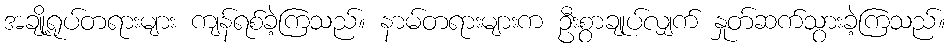
အချို့ရုပ်တရားများ ကျန်ရစ်ခဲ့ကြသည်။ နာမ်တရားများက ဦးစွာချုပ်လျှက် နှုတ်ဆက်သွားခဲ့ကြသည်။